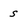
Character: s